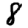
Digit: 8